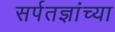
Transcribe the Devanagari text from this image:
सर्पतज्ञांच्या